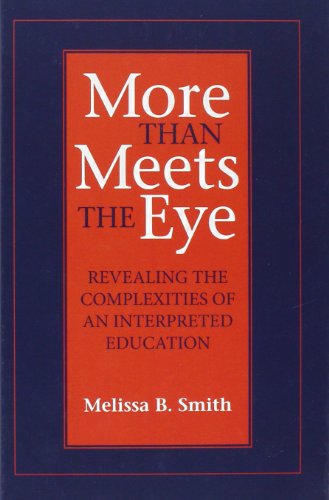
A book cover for More Than Meets the Eye: Revealing the Complexities of an Interpreted Education (Gallaudet Studies In Interpret); Melissa B. Smith; Reference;